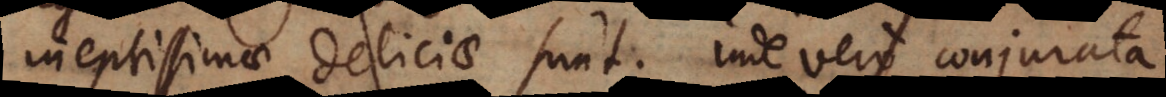
ineptissimae deliciae sunt. Inde vero conjurata